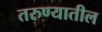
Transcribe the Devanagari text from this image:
तरुण्यातील